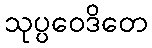
သုပ္ပဝေဒိတေ